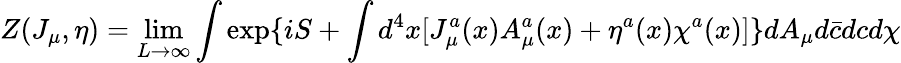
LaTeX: Z(J_{\mu},\eta)=\operatorname*{lim}_{L\rightarrow\infty}\int\exp\{ iS+\int d^{4}x[J_{\mu}^{a}(x)A_{\mu}^{a}(x)+\eta^{a}(x)\chi^{a}(x)]\} dA_{\mu}d\bar{c}dcd\chi